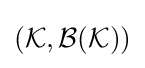
({\mathcal {K}},{\mathcal {B}}({\mathcal {K}}))